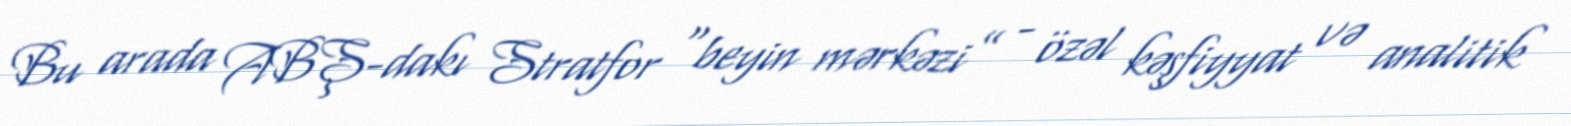
Bu arada ABŞ-dakı Stratfor “beyin mərkəzi” - özəl kəşfiyyat və analitik